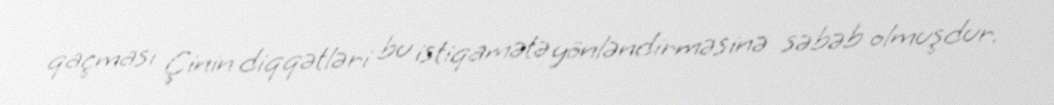
qaçması Çinin diqqətləri bu istiqamətə yönləndirməsinə səbəb olmuşdur.